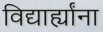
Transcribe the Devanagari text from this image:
विद्यार्ह्यांना